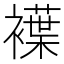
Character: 𧝵